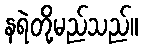
နရဲတို့မည်သည်။